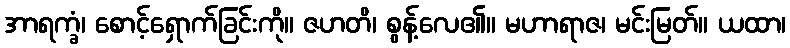
အာရက္ခံ၊ စောင့်ရှောက်ခြင်းကို။ ဇဟတိ၊ စွန့်လေ၏။ မဟာရာဇ၊ မင်းမြတ်။ ယထာ၊